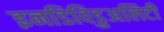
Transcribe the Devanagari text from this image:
इनडिविडुअलिटी